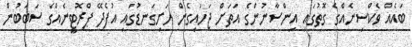
ބައެއް ވެކްސިނެއްގެ ގޮތުގައި އިންސާނުންގެ އަތަށް ޖަހައިގެން ހަށިގަނޑުގައި އުފެދޭ ޕްރޮޓީނެއްގެ ސަބަބުން